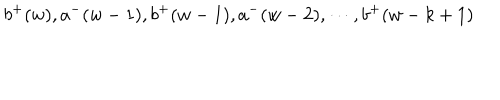
b ^ { + } ( w ) , a ^ { - } ( w - 1 ) , b ^ { + } ( w - 1 ) , a ^ { - } ( w - 2 ) , \cdots , b ^ { + } ( w - k + 1 )